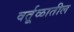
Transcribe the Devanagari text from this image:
वर्तूळातील